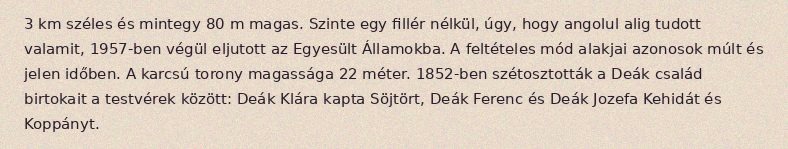
3 km széles és mintegy 80 m magas. Szinte egy fillér nélkül, úgy, hogy angolul alig tudott valamit, 1957-ben végül eljutott az Egyesült Államokba. A feltételes mód alakjai azonosok múlt és jelen időben. A karcsú torony magassága 22 méter. 1852-ben szétosztották a Deák család birtokait a testvérek között: Deák Klára kapta Söjtört, Deák Ferenc és Deák Jozefa Kehidát és Koppányt.